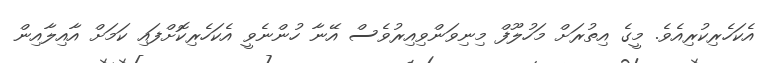
އެކަހެރިކުރިއެވެ. މީގެ އިތުރަށް މަހުލޫފް މިނިވަންވިއިރުވެސް އޭނާ ހުންނެވީ އެކަހެރިކޮށްފައި ކަމަށް އާއިލާއިން